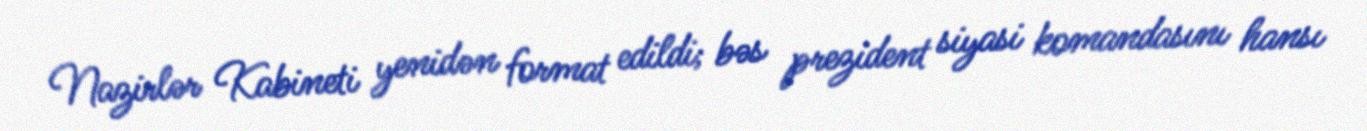
Nazirlər Kabineti yenidən format edildi; bəs prezident siyasi komandasını hansı